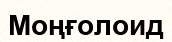
Моңғолоид